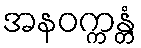
အနဝက္ကန္တံ